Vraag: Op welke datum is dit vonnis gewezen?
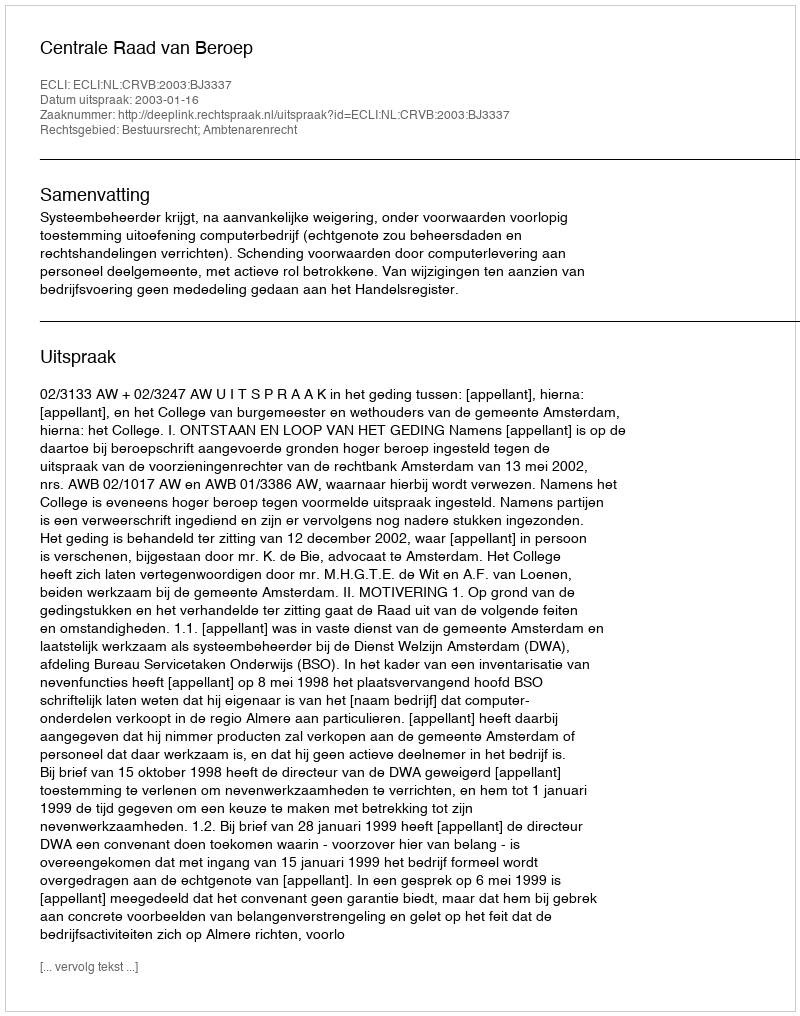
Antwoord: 2003-01-16